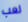
لعب